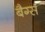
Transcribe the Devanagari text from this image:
बैग्‍स